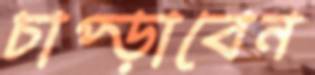
চাপ্‌ড়াবেন